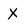
Character: X